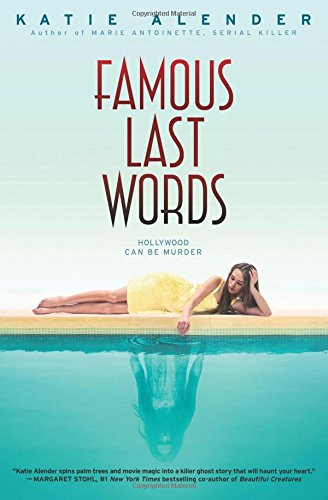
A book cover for Famous Last Words; Katie Alender; Teen & Young Adult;